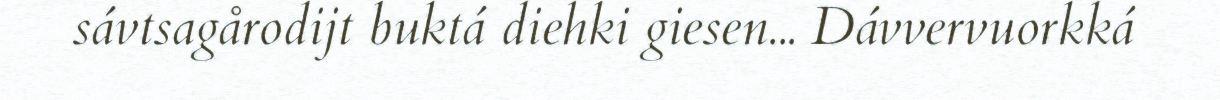
sávtsagårodijt buktá diehki giesen... Dávvervuorkká